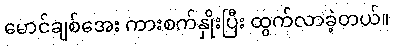
မောင်ချစ်အေး ကားစက်နှိုးပြီး ထွက်လာခဲ့တယ်။